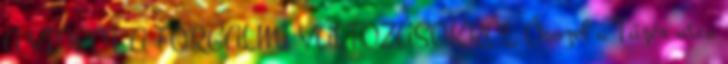
A VIDEÓT A FORGALMI VÁLTOZÁSOKRÓL Ősszel a Tüzér utca